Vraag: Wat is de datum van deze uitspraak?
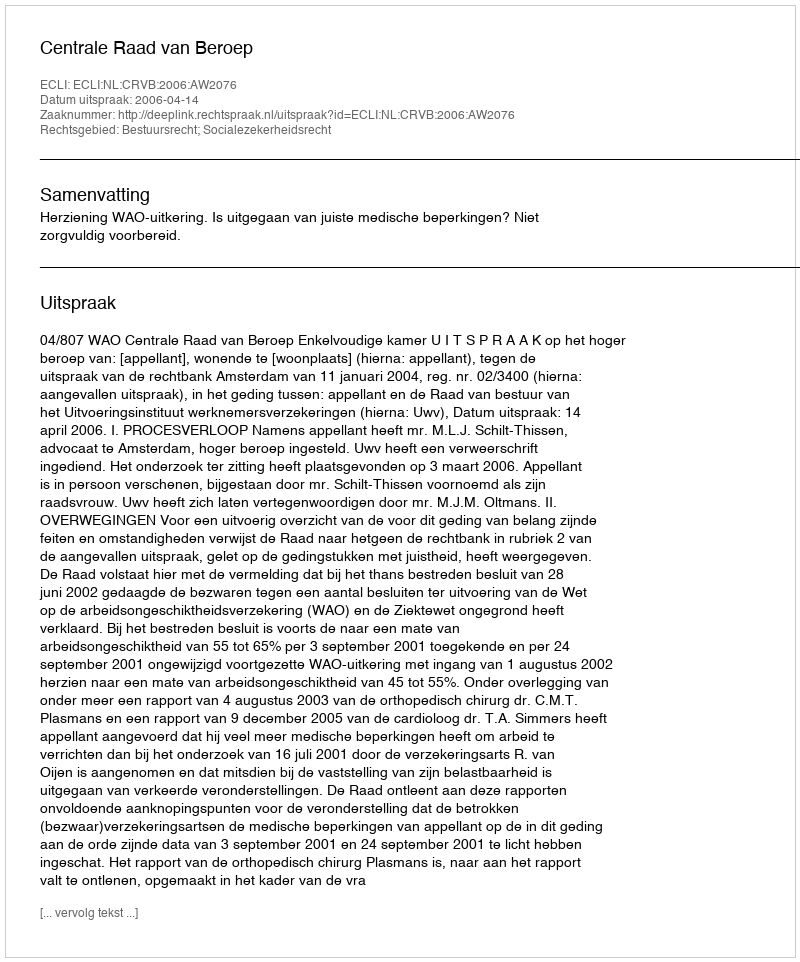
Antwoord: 2006-04-14